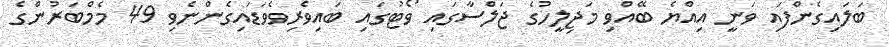
ބަލައިގެންފައި ވަނީ އިއްޔެ ބޭއްވި މަޖިލީހުގެ ޖަލްސާގައި ވޯޓުގައި ބައިވެރިވެވަޑައިގެންނެވި 49 މެމްބަރުންގެ